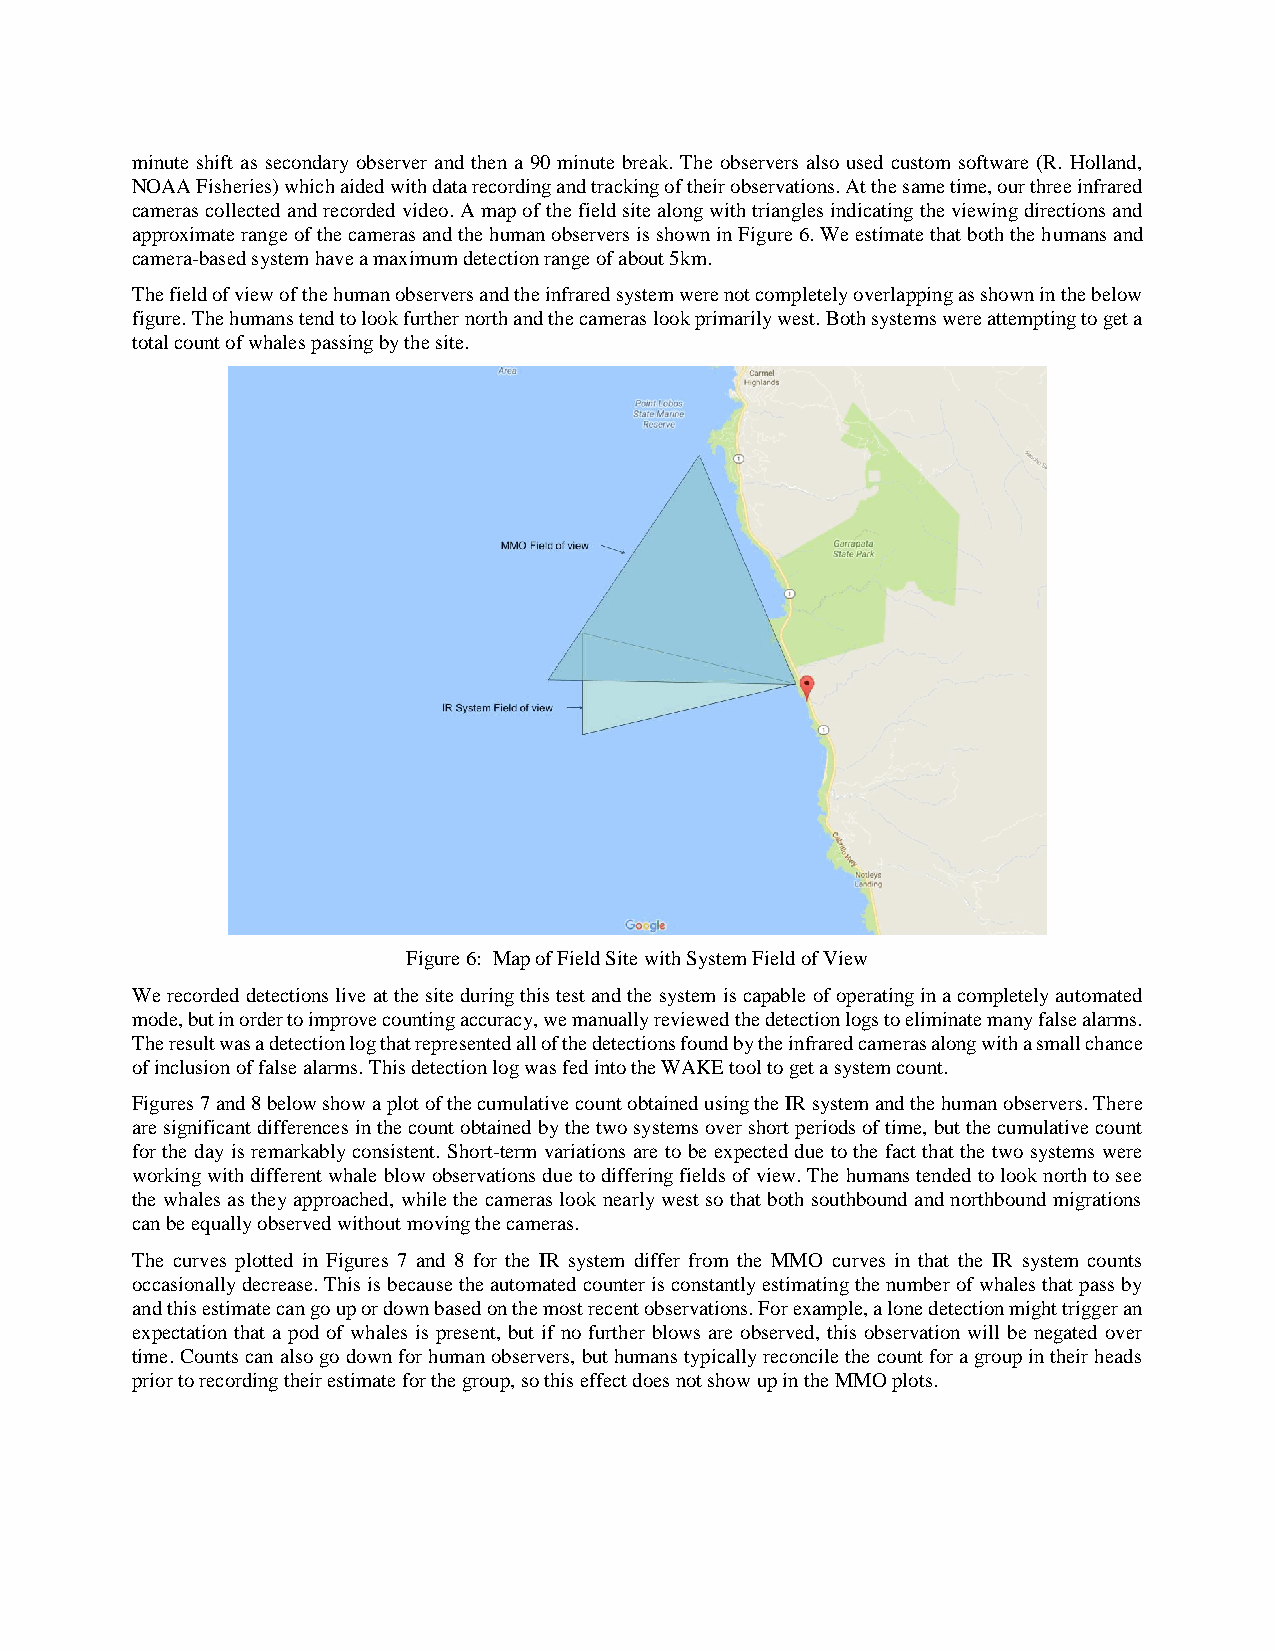
minute shift as secondary observer and then a 90 minute break. The observers also used custom software (R. Holland,
 NOAA Fisheries) which aided with data recording and tracking of their observations. At the same time, our three infrared
 cameras collected and recorded video. A map of the field site along with triangles indicating the viewing directions and
 approximate range of the cameras and the human observers is shown in Figure 6. We estimate that both the humans and
 camera-based system have a maximum detection range of about 5km.
 The field of view of the human observers and the infrared system were not completely overlapping as shown in the below
 figure. The humans tend to look further north and the cameras look primarily west. Both systems were attempting to get a
 total count of whales passing by the site.
 Figure 6: Map of Field Site with System Field of View
 We recorded detections live at the site during this test and the system is capable of operating in a completely automated
 mode, but in order to improve counting accuracy, we manually reviewed the detection logs to eliminate many false alarms.
 The result was a detection log that represented all of the detections found by the infrared cameras along with a small chance
 of inclusion of false alarms. This detection log was fed into the WAKE tool to get a system count.
 Figures 7 and 8 below show a plot of the cumulative count obtained using the IR system and the human observers. There
 are significant differences in the count obtained by the two systems over short periods of time, but the cumulative count
 for the day is remarkably consistent. Short-term variations are to be expected due to the fact that the two systems were
 working with different whale blow observations due to differing fields of view. The humans tended to look north to see
 the whales as they approached, while the cameras look nearly west so that both southbound and northbound migrations
 can be equally observed without moving the cameras.
 The curves plotted in Figures 7 and 8 for the IR system differ from the MMO curves in that the IR system counts
 occasionally decrease. This is because the automated counter is constantly estimating the number of whales that pass by
 and this estimate can go up or down based on the most recent observations. For example, a lone detection might trigger an
 expectation that a pod of whales is present, but if no further blows are observed, this observation will be negated over
 time. Counts can also go down for human observers, but humans typically reconcile the count for a group in their heads
 prior to recording their estimate for the group, so this effect does not show up in the MMO plots.